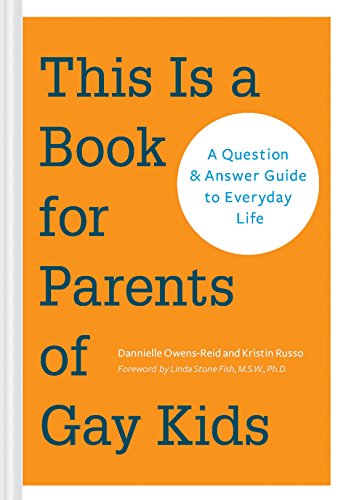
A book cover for This Is a Book for Parents of Gay Kids: A Question & Answer Guide to Everyday Life; Dannielle Owens-Reid; Gay & Lesbian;